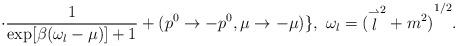
LaTeX: \begin{align*}\cdot \frac{1}{\exp[\beta(\omega_l-\mu)]+1}+ (p^0\to -p^0, \mu\to -\mu)\}, \ \omega_l={( {\stackrel{\rightharpoonup}{l}}^2+m^2)}^{1/2}.\end{align*}